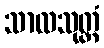
သာလသုတ္တံ